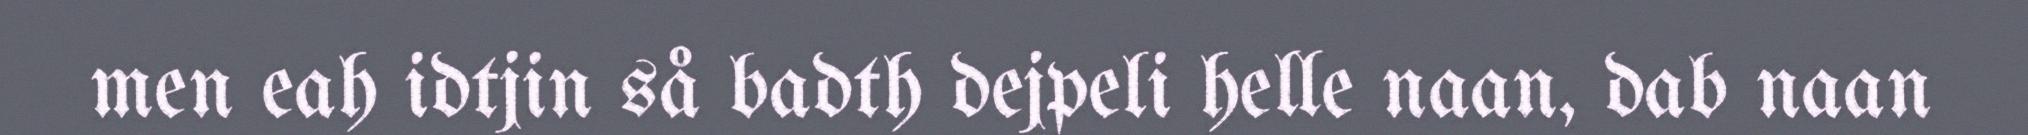
men eah idtjin så badth dejpeli helle naan, dab naan